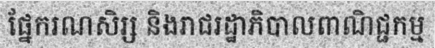
ផ្នែករណសិរ្ស និងរាជរដ្ឋាភិបាលពាណិជ្ជកម្ម